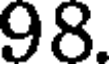
98.